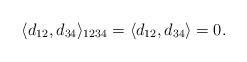
LaTeX: \begin{align*}\langle d_{12},d_{34}\rangle_{1234}=\langle d_{12},d_{34}\rangle=0.\end{align*}